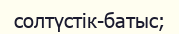
солтүстік-батыс;